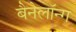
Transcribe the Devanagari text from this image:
बैनेलॉन्ग